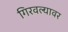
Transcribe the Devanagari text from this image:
गिरवल्यावर